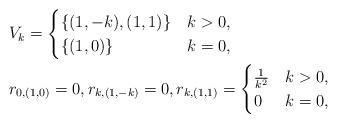
LaTeX: \begin{align*} &V_k=\begin{cases}\{(1,-k), (1,1)\}&k>0,\\\{(1,0)\}&k=0,\end{cases}\\&r_{0,(1,0)}=0,r_{k,(1,-k)}=0,r_{k,(1,1)}=\begin{cases}\frac{1}{k^2} &k>0,\\0&k=0,\end{cases}\end{align*}